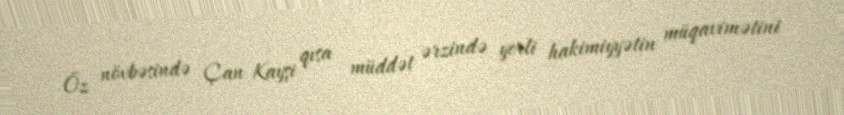
Öz növbəsində Çan Kayşi qısa müddət ərzində yerli hakimiyyətin müqavimətini